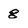
Character: g